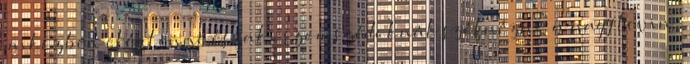
miközben elég lenne északi szomszédoknál szétnézni. a nagy levin: